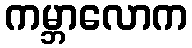
ကမ္ဘာလောက